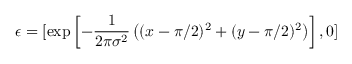
\boldsymbol { \epsilon } = [ \exp \left[ - \frac { 1 } { 2 \pi \sigma ^ { 2 } } \left( ( x - \pi / 2 ) ^ { 2 } + ( y - \pi / 2 ) ^ { 2 } \right) \right] , 0 ]